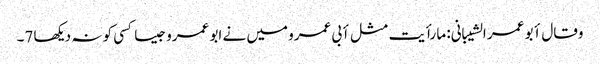
وقال أبو عمر الشیبانی: ما رأیت مثل أبی عمرو میں نے ابو عمرو جیسا کسی کو نہ دیکھا 7۔